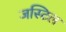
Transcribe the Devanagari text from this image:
जस्टिल